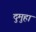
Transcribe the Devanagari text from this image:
दुमुहा